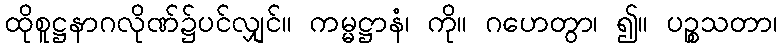
ထိုစူဋ္ဌနာဂလိုဏ်၌ပင်လျှင်။ ကမ္မဋ္ဌာနံ၊ ကို။ ဂဟေတွာ၊ ၍။ ပဉ္စသတာ၊